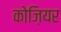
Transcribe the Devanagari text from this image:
कोज़ियर